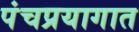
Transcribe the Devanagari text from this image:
पंचप्रयागात